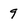
Character: 9